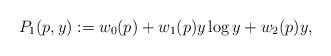
LaTeX: \begin{align*}P_1(p,y):= w_0(p)+w_1(p)y\log y+w_2(p)y,\end{align*}